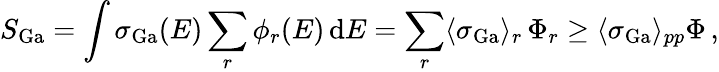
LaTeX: S_{\mathrm{Ga}}=\int\sigma_{\mathrm{Ga}}(E)\sum_{r}\phi_{r}(E)\, \mathrm{d}E=\sum_{r}\langle\sigma_{\mathrm{Ga}}\rangle_{r}\, \Phi_{r}\geq\langle\sigma_{\mathrm{Ga}}\rangle_{pp}\Phi\, ,